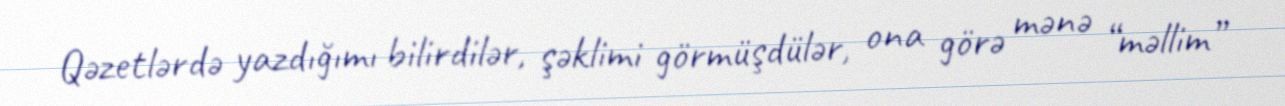
Qəzetlərdə yazdığımı bilirdilər, şəklimi görmüşdülər, ona görə mənə “məllim”